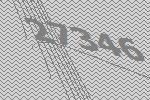
27346